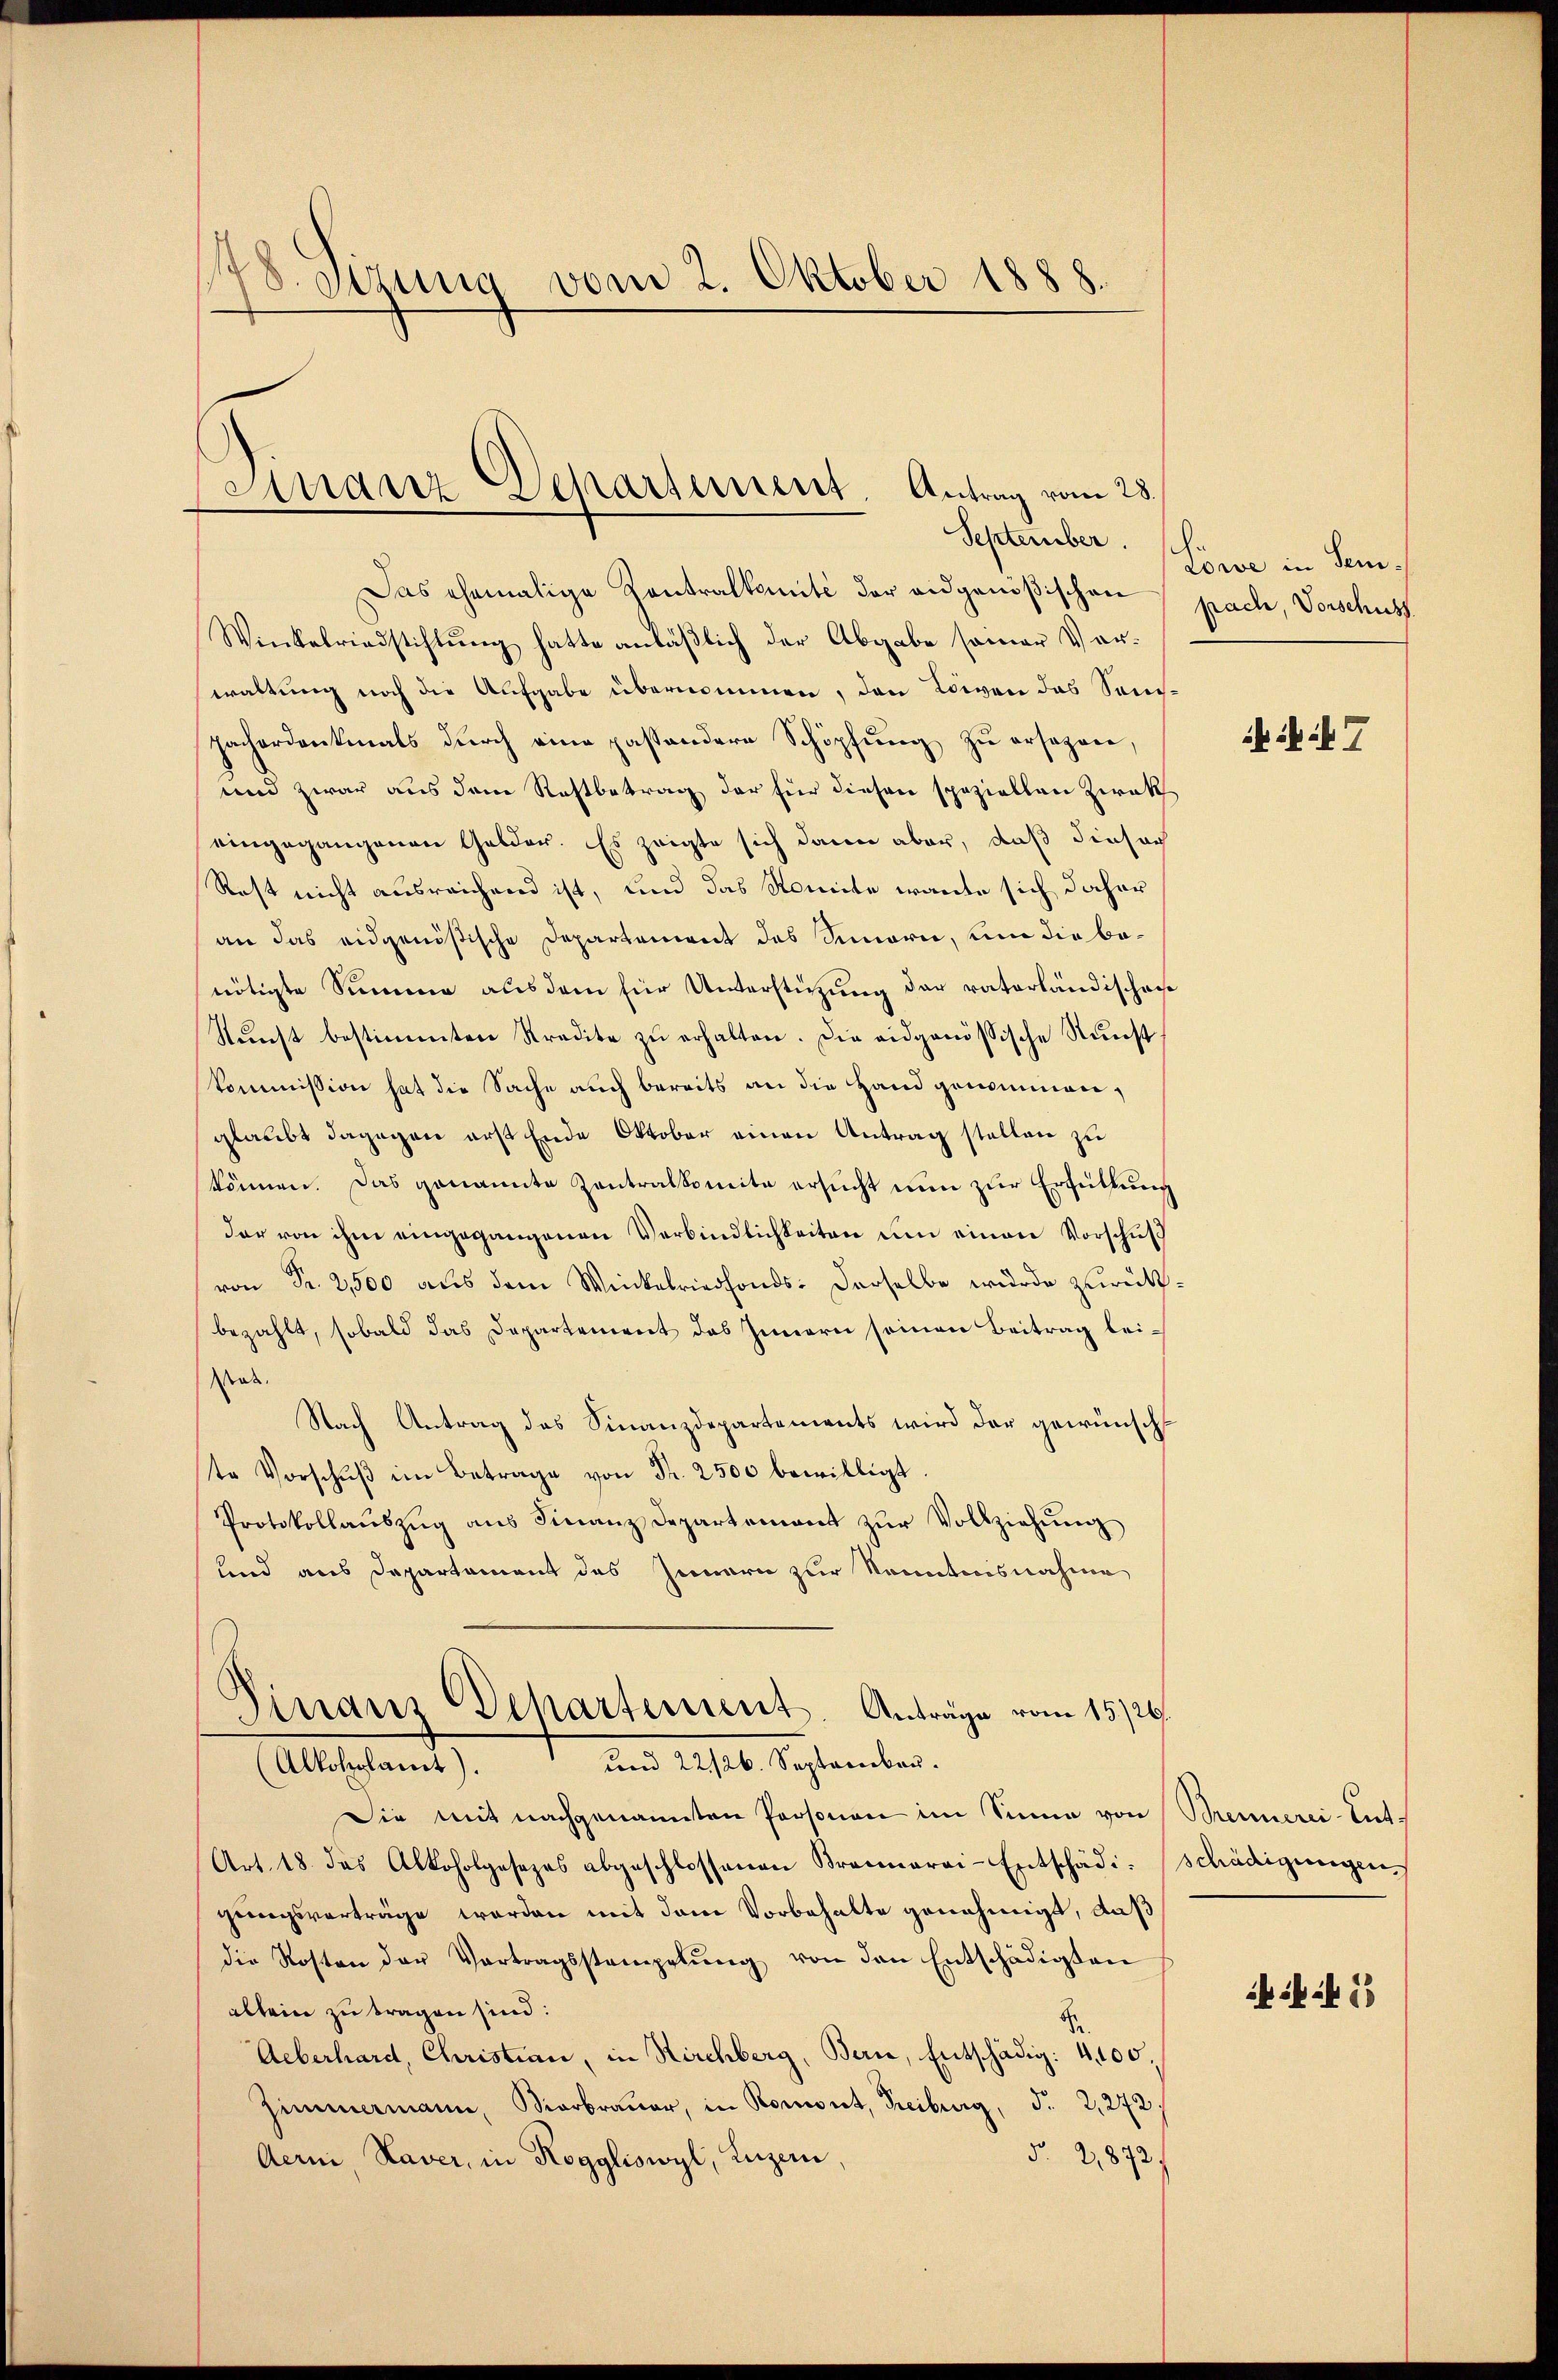
48. Sizung vom 2. Oktober 1888.

Das ehemalige Zentralkomité der eidgenößischen pach, Vorschuss
Winkelriedstiftung hatte anläßlich der Abgabe seiner Vorwaltung noch die Aufgabe übernommen, den Löwen das Seuch¬
Zacherdankmals durch eine passondere Schöpfung zu ersezen,
und zwar aus dem Restbetrag der für diesen speziellen Ziak
eingegangenen Gelder. Es zeigte sich dann aber, daß diesach
Rest nicht ausreichend ist, und das Nomite warte sich daher
an das eidgenößische Departement des Simorie, um die benötigte Summe aus dem für Unterstützung der vaterländischei
Nŭnst bestimmten Kredite zŭ erhalten. Die eidgenössische Kunst
kommission hat die Sache auch bereits an die Hand genommen,
glaubt dagegen erst Ende Oktober einen Antrag stellen zu
können. Das genannte Zentralkomite ersucht nun zur Erfüllung
dar von ihm eingegangenen Verbindlichkeiten um einen Vorschuß
von Fr. 2,500 aus dem Winkelriedfonds- derselbe wurde zurückbezahlt, sobald das Departement des Innern seinen Beitrag lei¬
Rat.
Nach Antrag des Finanzdepartements wird der gewünschte Vorschŭβ im Betrage von Fr. 2500 bewilligt
Protokollaŭszŭg aŭs Finanz Departement zŭr Vollziehŭng
und aus Departement des Innern zur Kenntnisnahme
Einanz Departement. Anträge vom 15./26.
und 22/26. September.
Alkoholamt).
Die mit nachgenannten Personen im Sinne von Brennerei-Ent-
Art. 18. das Alkoholgesezes abgeschlossenen Braunarai-Entschädi-Schädigungen
gungsvorträge werden mit dem Vorbehalte genehmigt, daß
die Roston der Vertragsstempelŭng von den Entschädigten
allein zu tragen sind:
Aeberhard, Christian, in Kirchberg, Bern, Entschädig: 4,100.
Zimmermann, Vierbrauer, in Romont, Freiburg, S. 2,272.
§. 21872
Aerni, Xaver, in Roggliswyl, Luzern,

Arranz Departement. Antrag vom 28.

September. Sie in Sem

iit 7

ski 15